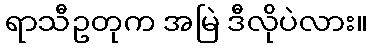
ရာသီဥတုက အမြဲ ဒီလိုပဲလား။